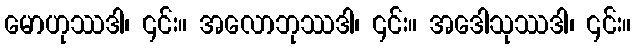
မောဟုဿဒါ၊ ၎င်း။ အလောဘုဿဒါ၊ ၎င်း။ အဒေါသုဿဒါ၊ ၎င်း။